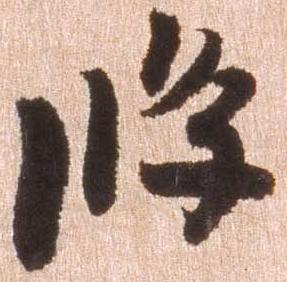
条